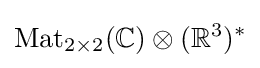
{\text{Mat}}_{2\times 2}(\mathbb {C} )\otimes (\mathbb {R} ^{3})^{*}